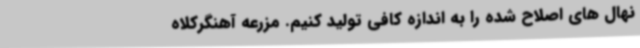
نهال های اصلاح شده را به اندازه کافی تولید کنیم. مزرعه آهنگرکلاه